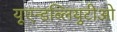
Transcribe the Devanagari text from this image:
यूएन्डब्लियुटीओ